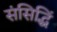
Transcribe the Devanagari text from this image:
संसिद्धिं